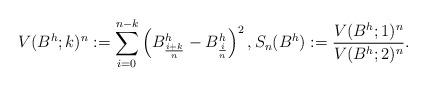
LaTeX: \begin{align*} V(B^h;k)^n:= \sum_{i=0}^{n-k} \left(B^h_{\frac{i+k}{n}} - B^h_{\frac{i}{n}}\right)^2, S_n(B^h):= \frac{V(B^h;1)^n}{V(B^h;2)^n}.\end{align*}